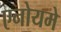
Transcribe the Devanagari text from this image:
एनोयमे